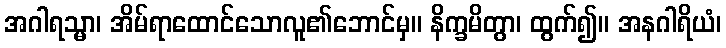
အဂါရသ္မာ၊ အိမ်ရာထောင်သောလူ၏ဘောင်မှ။ နိက္ခမိတွာ၊ ထွက်၍။ အနဂါရိယံ၊